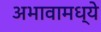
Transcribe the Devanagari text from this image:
अभावामध्ये